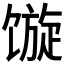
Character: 𩠍